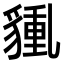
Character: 𧳿